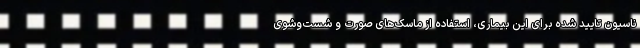
ناسیون تایید شده برای این بیماری، استفاده از ماسک‌های صورت و شست‌وشوی